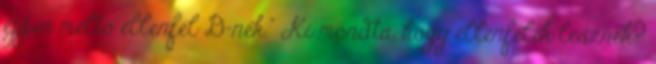
éppen méltó ellenfél D-nek.” Ki mondta, hogy ellenfelek lesznek?